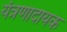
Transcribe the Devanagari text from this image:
यंत्रणादायक